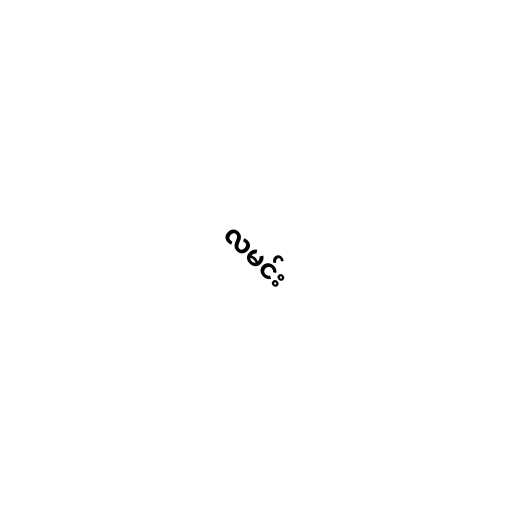
လမင်း